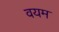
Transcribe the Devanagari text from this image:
वयम